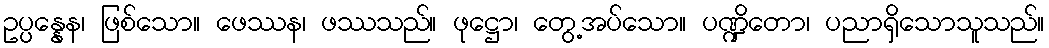
ဥပ္ပန္နေန၊ ဖြစ်သော။ ဖေဿန၊ ဖဿသည်။ ဖုဋ္ဌော၊ တွေ့အပ်သော။ ပဏ္ဍိတော၊ ပညာရှိသောသူသည်။